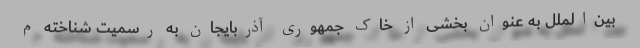
بین‌الملل به عنوان بخشی از خاک جمهوری آذربایجان به رسمیت شناخته م